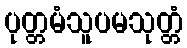
ပုတ္တမံသူပမသုတ္တံ